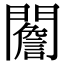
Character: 䦲